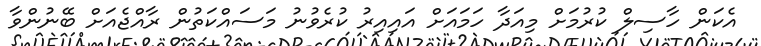
އެކަން ހާސިލް ކުރުމަށް މިއަދާ ހަމައަށް އައިއިރު ކުރެވުނު މަސައްކަތުން ރާއްޖެއަށް ބޭނުންވާ